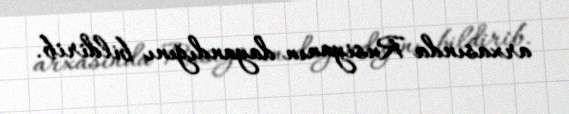
arxasında Rusiyanın dayandığını bildirib.